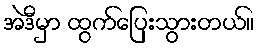
အဲဒီမှာ ထွက်ပြေးသွားတယ်။